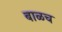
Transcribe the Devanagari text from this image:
बाळच